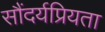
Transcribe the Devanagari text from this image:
सौंदर्यप्रियता